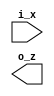
//////////////////////////////////////////////////////////////////////////////////
// Company       : TSU
// Engineer      : 
// 
// Project Name  : 
// Design Name   : 
// Description   : 
// 
// Dependencies  : 
// 
// Revision      : 
//                 - V1.0 File Created
// Additional Comments:
// 
//////////////////////////////////////////////////////////////////////////////////
// 


`default_nettype none
`timescale 1ns/1ps
module lix_not #(
    parameter  W = 32
  )(
    input  wire  [W-1:0] i_x,
    output wire  [W-1:0] o_z);

`ifdef SIM

  genvar i;
  generate
  for (i = 0 ; i < W ; i = i + 1)begin: GNOT

    assign o_z[i] = ~ i_x[i];
    
  end
  endgenerate


`elsif FPGA

  genvar i;
  generate    
    for (i = 0 ; i < W ; i = i +1) begin: GNOT

      LUT6 #(.INIT(64'h0000000000000001))      
       lut6_not_inst(
        .O (o_z[i]),
        .I0(i_x[i]),
        .I1(1'd0),
        .I2(1'd0),
        .I3(1'd0),
        .I4(1'd0),
        .I5(1'd0)
        );

    end
  endgenerate


`elsif TSMC_28N

  genvar i;
  generate
    for (i = 0 ; i < W ; i = i +1) begin: GNOT
      INVD16BWP12T30P140LVT u_not
      (.I(i_x[i]),.ZN(o_z[i]));
    end
  endgenerate

`elsif LIB_45NM

  genvar i;
  generate    
    for (i = 0 ; i < W ; i = i +1) begin: GNOT
      INV_X4 u_not
      (.A(i_x[i]), .ZN(o_z[i]));
    end
  endgenerate



`else


`endif


endmodule